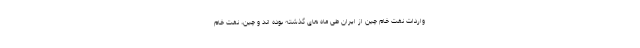
واردات نفت خام چین از ایران طی ماه های گذشته بوده اند و چین، نفت خام